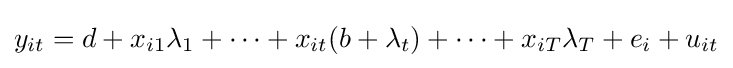
y_{it}=d+x_{i1}\lambda _{1}+\dots +x_{it}(b+\lambda _{t})+\dots +x_{iT}\lambda _{T}+e_{i}+u_{it}